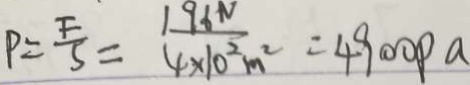
P = \frac { F } { S } = \frac { 1 9 6 N } { 4 \times 1 0 ^ { 2 } m ^ { 2 } } = 4 9 0 0 p a